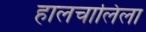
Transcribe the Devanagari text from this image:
हालचालिला